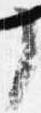
了